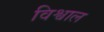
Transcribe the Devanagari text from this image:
विश्वाल